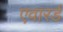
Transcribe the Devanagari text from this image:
एवारर्ड